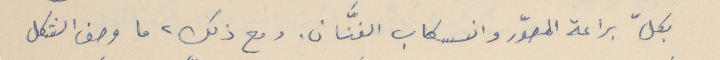
بكلّ براعة المصوّر وانسكاب الفنَّان. ومع ذلك، ما وصف الشكل